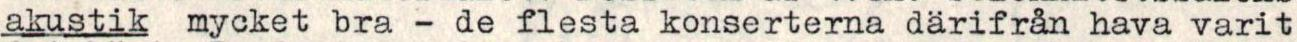
akustik mycket bra - de flesta konserterna därifrån hava varit